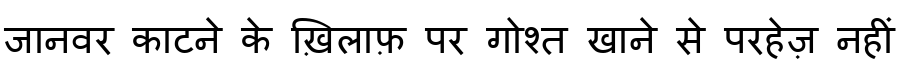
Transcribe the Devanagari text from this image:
जानवर काटने के ख़िलाफ़ पर गोश्त खाने से परहेज़ नहीं